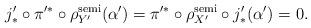
LaTeX: \begin{align*}j'_* \circ \pi'^* \circ \rho^{\rm semi}_{Y'}(\alpha') =\pi'^* \circ \rho^{\rm semi}_{X'} \circ j'_*(\alpha') = 0.\end{align*}